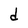
Character: d